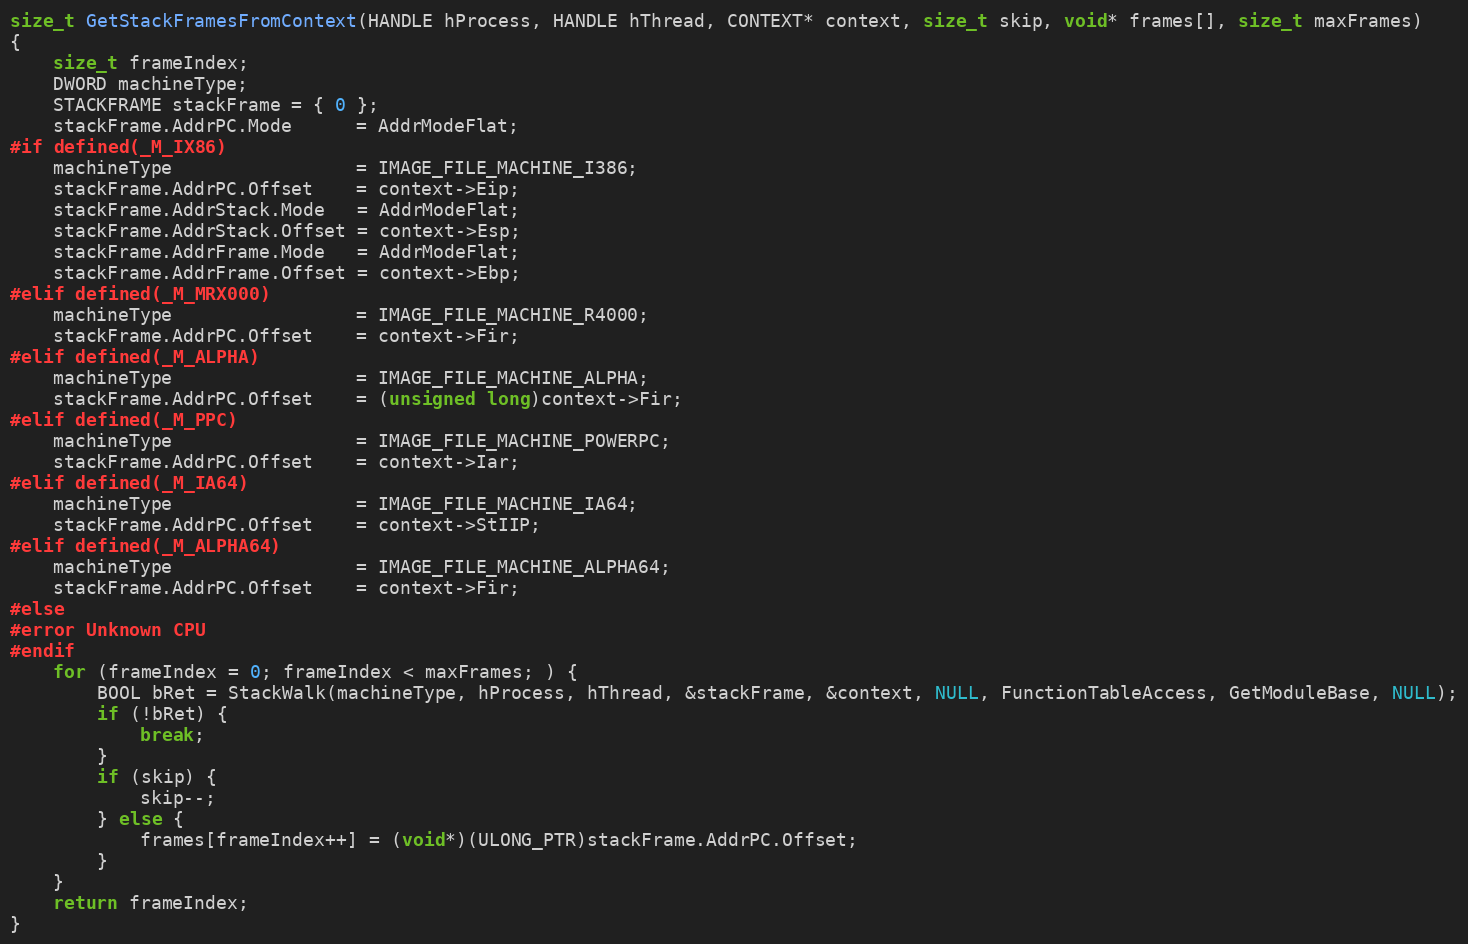
Language: C
size_t GetStackFramesFromContext(HANDLE hProcess, HANDLE hThread, CONTEXT* context, size_t skip, void* frames[], size_t maxFrames)
{
	size_t frameIndex;
	DWORD machineType;
	STACKFRAME stackFrame = { 0 };
	stackFrame.AddrPC.Mode      = AddrModeFlat;
#if defined(_M_IX86)
	machineType                 = IMAGE_FILE_MACHINE_I386;
	stackFrame.AddrPC.Offset    = context->Eip;
	stackFrame.AddrStack.Mode   = AddrModeFlat;
	stackFrame.AddrStack.Offset = context->Esp;
	stackFrame.AddrFrame.Mode   = AddrModeFlat;
	stackFrame.AddrFrame.Offset = context->Ebp;
#elif defined(_M_MRX000)
	machineType                 = IMAGE_FILE_MACHINE_R4000;
	stackFrame.AddrPC.Offset    = context->Fir;
#elif defined(_M_ALPHA)
	machineType                 = IMAGE_FILE_MACHINE_ALPHA;
	stackFrame.AddrPC.Offset    = (unsigned long)context->Fir;
#elif defined(_M_PPC)
	machineType                 = IMAGE_FILE_MACHINE_POWERPC;
	stackFrame.AddrPC.Offset    = context->Iar;
#elif defined(_M_IA64)
	machineType                 = IMAGE_FILE_MACHINE_IA64;
	stackFrame.AddrPC.Offset    = context->StIIP;
#elif defined(_M_ALPHA64)
	machineType                 = IMAGE_FILE_MACHINE_ALPHA64;
	stackFrame.AddrPC.Offset    = context->Fir;
#else
#error Unknown CPU
#endif
	for (frameIndex = 0; frameIndex < maxFrames; ) {
		BOOL bRet = StackWalk(machineType, hProcess, hThread, &stackFrame, &context, NULL, FunctionTableAccess, GetModuleBase, NULL);
		if (!bRet) {
			break;
		}
		if (skip) {
			skip--;
		} else {
			frames[frameIndex++] = (void*)(ULONG_PTR)stackFrame.AddrPC.Offset;
		}
	}
	return frameIndex;
}